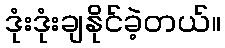
ဒုံးဒုံးချနိုင်ခဲ့တယ်။